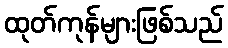
ထုတ်ကုန်များဖြစ်သည်